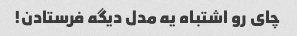
چای رو اشتباه یه مدل دیگه فرستادن!